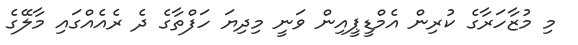
މި މުޒާހަރާގެ ކުރިން އެމްޑީޕީއިން ވަނީ މިދިޔަ ހަފްތާގެ ދެ ރެއެއްގައި މާލޭގެ